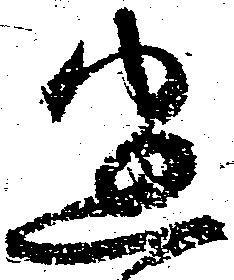
迷